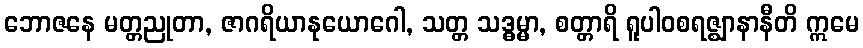
ဘောဇနေ မတ္တညုတာ, ဇာဂရိယာနုယောဂေါ, သတ္တ သဒ္ဓမ္မာ, စတ္တာရိ ရူပါဝစရဇ္ဈာနာနီတိ ဣမေ